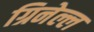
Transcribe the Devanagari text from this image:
ग्रिनेल्ल